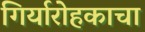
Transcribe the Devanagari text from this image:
गिर्यारोहकाचा